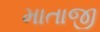
માતાજી